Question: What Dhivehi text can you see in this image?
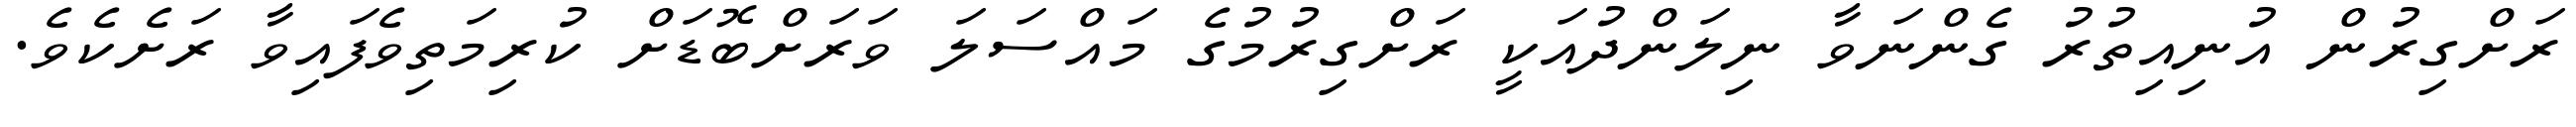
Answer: ރަށްގިރުން އުނިއިތުރު ގެންނަވާ ނިލަންދުއަކީ ރަށްގިރުމުގެ މައްސަލަ ވަރަށްބޮޑަށް ކުރިމަތިވެފައިވާ ރަށެކެވެ.